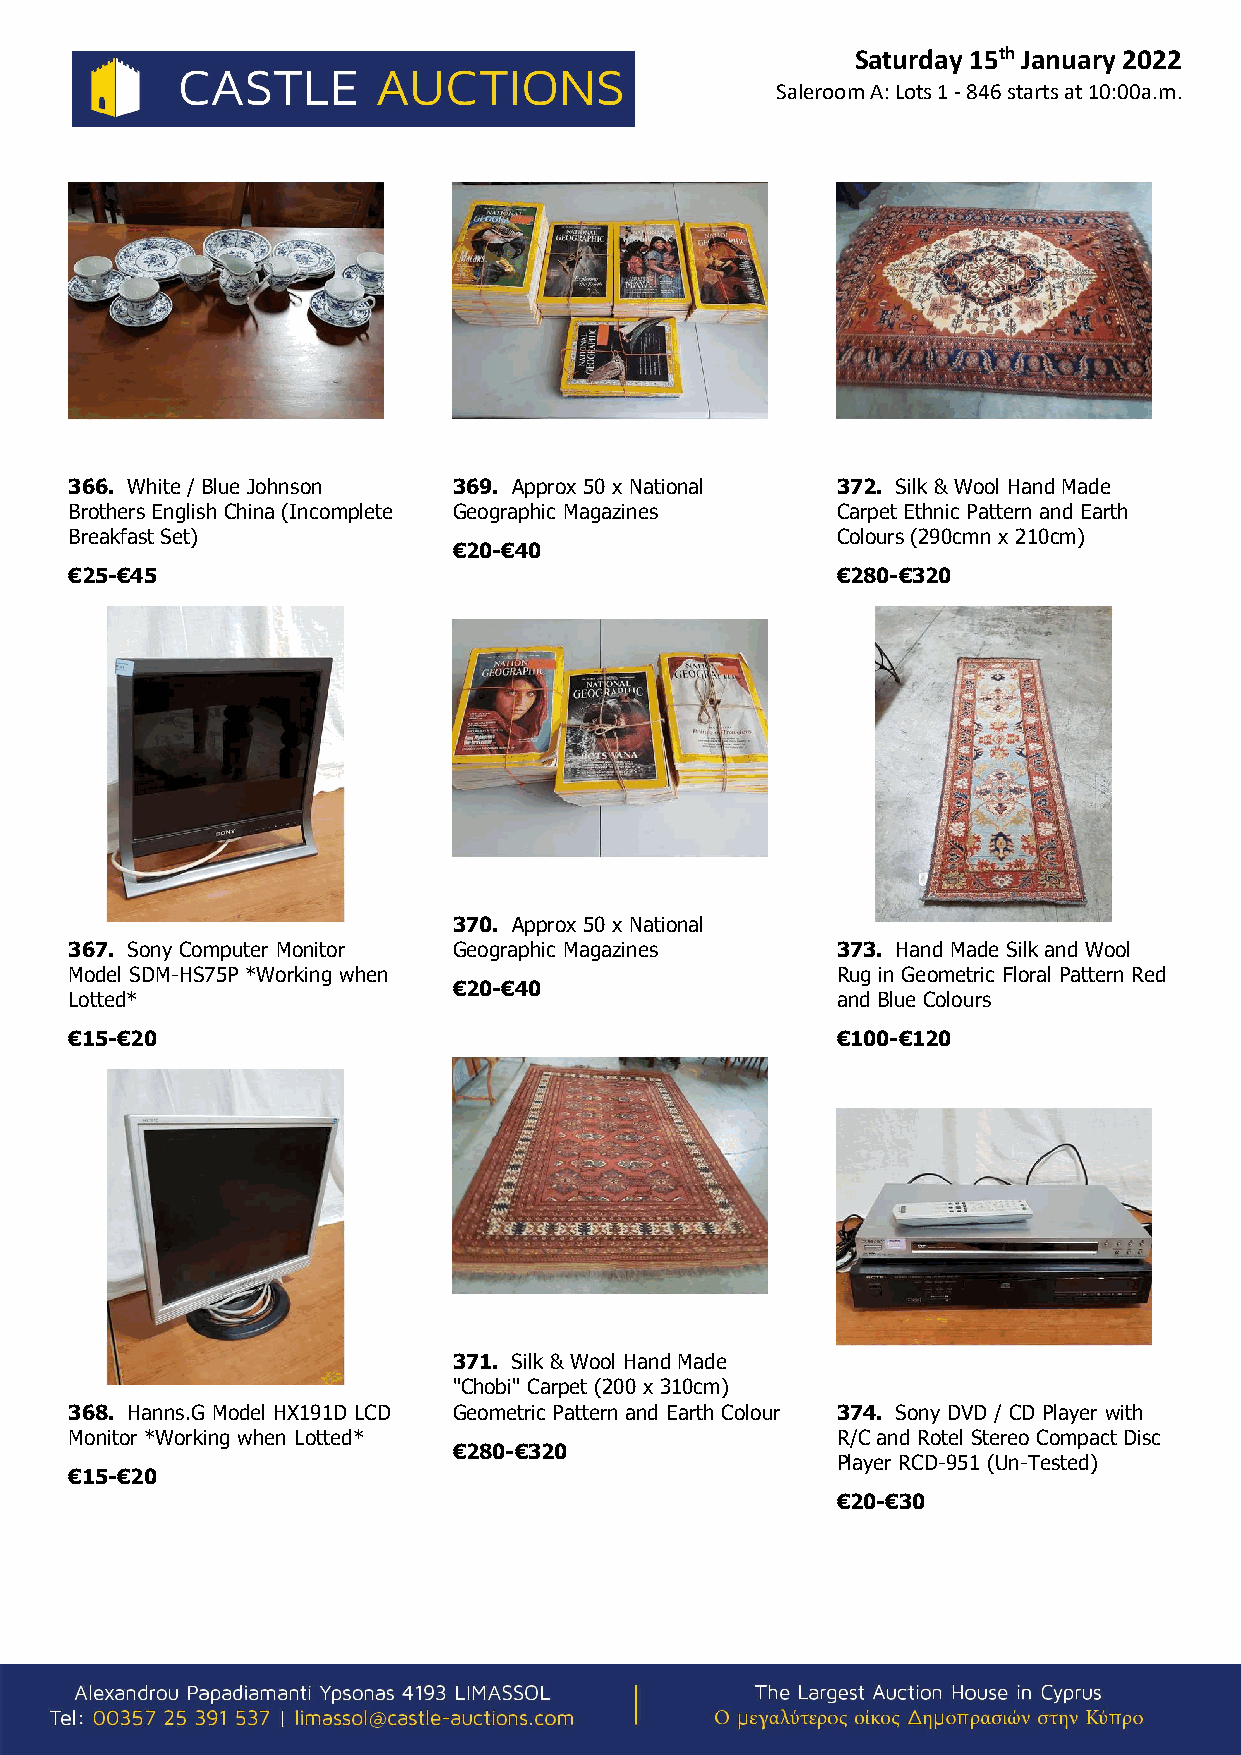
Saturday 15th January 2022
 Saleroom A: Lots 1 - 846 starts at 10:00a.m.
 366. White / Blue Johnson 369. Approx 50 x National 372. Silk & Wool Hand Made
 Brothers English China (Incomplete Geographic Magazines Carpet Ethnic Pattern and Earth
 Breakfast Set)                                    Colours (290cmn x 210cm)
 €20-€40
 €25-€45                                           €280-€320
 370. Approx 50 x National
 367. Sony Computer Monitor Geographic Magazines   373. Hand Made Silk and Wool
 Model SDM-HS75P *Working when                     Rug in Geometric Floral Pattern Red
 €20-€40
 Lotted*                                           and Blue Colours
 €15-€20                                           €100-€120
 371. Silk & Wool Hand Made
 "Chobi" Carpet (200 x 310cm)
 368. Hanns.G Model HX191D LCD Geometric Pattern and Earth Colour 374. Sony DVD / CD Player with
 Monitor *Working when Lotted*                     R/C and Rotel Stereo Compact Disc
 €280-€320
 Player RCD-951 (Un-Tested)
 €15-€20
 €20-€30